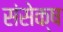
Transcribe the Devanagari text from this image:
संसेक्ष